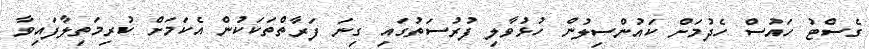
ގެސްޓު ހައުސް ހެދުމަށް ކައުންސިލުން ހުޅުވާލި ފުރުސަތުގައި ގިނަ ފަރާތްތަކަކުން އެކަމަށް ކުރިމަތިލާފައިވާ